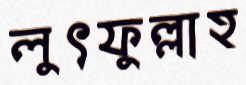
লুৎফুল্লাহ